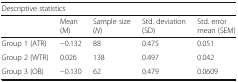
<table><thead><tr><td colspan="5"><b>Descriptive statistics</b></td></tr><tr><td></td><td><b>Mean (M)</b></td><td><b>Sample size (<i>N</i>)</b></td><td><b>Std. deviation (SD)</b></td><td><b>Std. error mean (SEM)</b></td></tr></thead><tbody><tr><td>Group 1 (ATR)</td><td>−0.132</td><td>88</td><td>0.475</td><td>0.051</td></tr><tr><td>Group 2 (WTR)</td><td>0.026</td><td>138</td><td>0.497</td><td>0.042</td></tr><tr><td>Group 3 (OB)</td><td>−0.130</td><td>62</td><td>0.479</td><td>0.0609</td></tr></tbody></table>